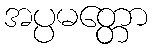
အပ္ပမတ္တော